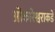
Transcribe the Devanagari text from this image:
ओंकारेश्वराकडे